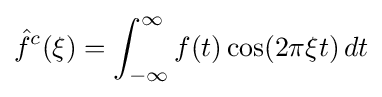
{\hat {f}}^{c}(\xi )=\int _{-\infty }^{\infty }f(t)\cos(2\pi \xi t)\,dt